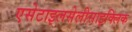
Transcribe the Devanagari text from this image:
एसेटाइलसेलीसाइक्लिक